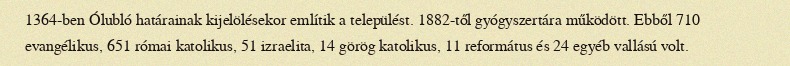
1364-ben Ólubló határainak kijelölésekor említik a települést. 1882-től gyógyszertára működött. Ebből 710 evangélikus, 651 római katolikus, 51 izraelita, 14 görög katolikus, 11 református és 24 egyéb vallású volt.